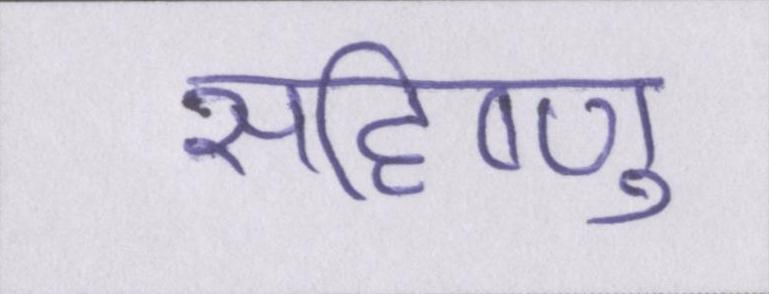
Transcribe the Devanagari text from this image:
सहिष्णु